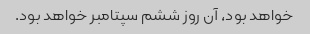
خواهد بود، آن روز ششم سپتامبر خواهد بود.